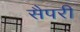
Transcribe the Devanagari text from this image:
सैपरी